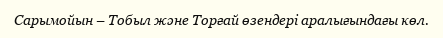
Сарымойын – Тобыл және Торғай өзендері аралығындағы көл.